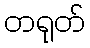
တရုတ်